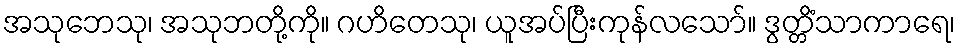
အသုဘေသု၊ အသုဘတို့ကို။ ဂဟိတေသု၊ ယူအပ်ပြီးကုန်လသော်။ ဒွတ္တိံသာကာရေ၊